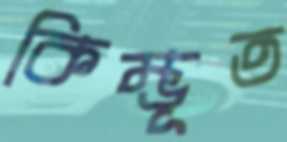
কিম্ভূত